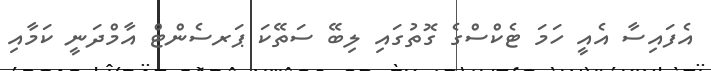
އެފައިސާ އެއީ ހަމަ ޓެކްސްގެ ގޮތުގައި ލިބޭ ސަތޭކަ ޕަރސެންޓް އާމްދަނީ ކަމާއި